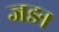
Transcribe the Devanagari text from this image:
जङा